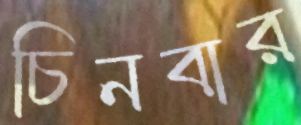
চিনবার